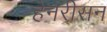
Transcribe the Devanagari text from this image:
हेनरीसन